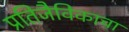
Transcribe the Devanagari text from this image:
प्रतिजैविकाचा